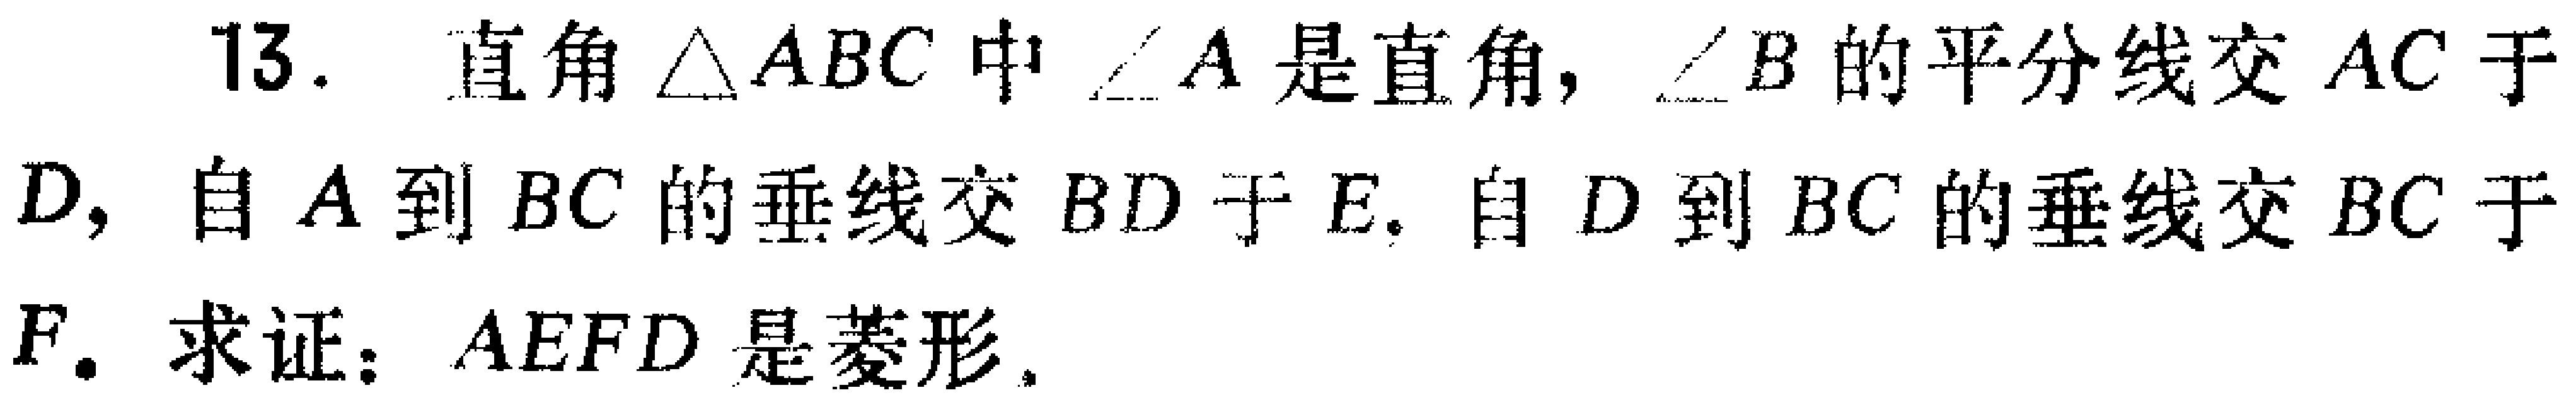
13. 直角$\triangle ABC$中，$\angle A$是直角，$\angle B$的平分线交$AC$于$D$，自$A$到$BC$的垂线交$BD$于$E$。自$D$到$BC$的垂线交$BC$于$F$。求证：$AEFD$是菱形。